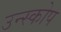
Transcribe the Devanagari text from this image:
उन्स्कोप